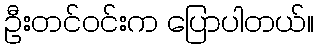
ဦးတင်ဝင်းက ပြောပါတယ်။